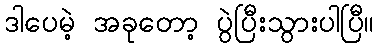
ဒါပေမဲ့ အခုတော့ ပွဲပြီးသွားပါပြီ။